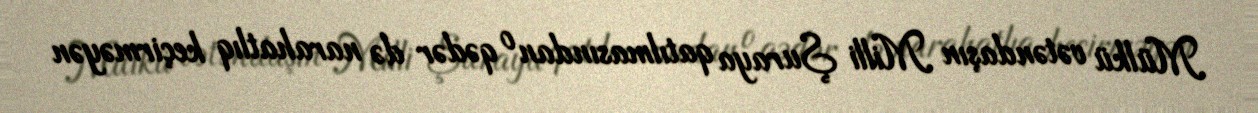
Mülkü vətəndaşın Milli Şuraya qatılmasından o qədər də narahatlıq keçirməyən